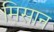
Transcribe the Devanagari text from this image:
मिसान